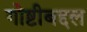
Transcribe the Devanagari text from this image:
गोष्टीबद्दल